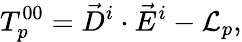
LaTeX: T_{p}^{00}=\vec{D}^{i}\cdot\vec{E}^{i}-{\cal L}_{p},